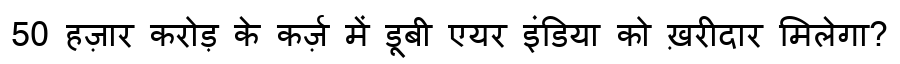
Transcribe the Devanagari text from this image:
50 हज़ार करोड़ के कर्ज़ में डूबी एयर इंडिया को ख़रीदार मिलेगा?